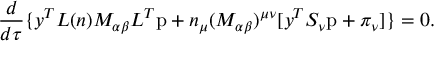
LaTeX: \frac { d } { d \tau } \{ y ^ { T } { \cal L } ( n ) { \cal M } _ { \alpha \beta } { \cal L } ^ { T } \mathrm { p } + n _ { \mu } ( { \cal M } _ { \alpha \beta } ) ^ { \mu \nu } [ y ^ { T } S _ { \nu } \mathrm { p } + \pi _ { \nu } ] \} = 0 .